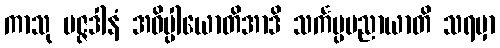
ကာသု မဇ္ဇဒါနံ အဓိပ္ပါယောတိအာဒိ သင်္ကပ္ပမညာယာတိ သရမှာ